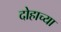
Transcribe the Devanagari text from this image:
दोहाच्या